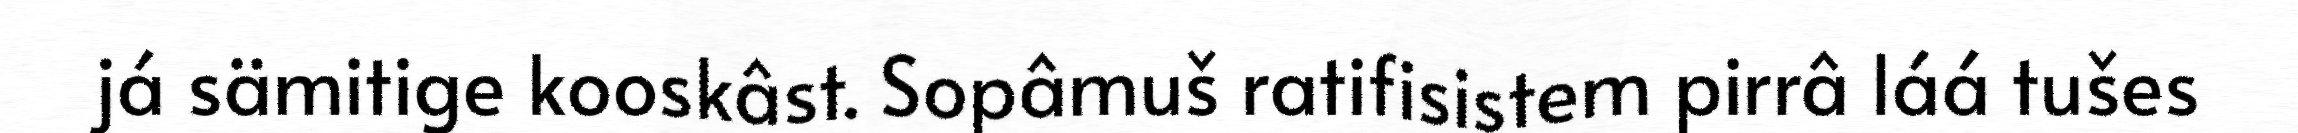
já sämitige kooskâst. Sopâmuš ratifisistem pirrâ láá tušes